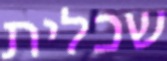
שכלית